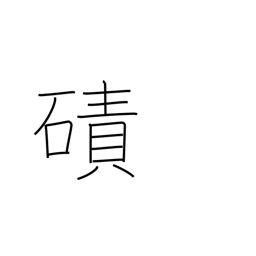
Meaning: expanse of sand